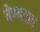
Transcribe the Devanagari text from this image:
घेण्याप्रत